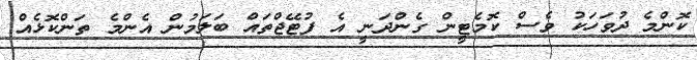
ކޮންމެ ދުވަހަކު ވެސް ކޮމެޓީން ގެންދަނީ އެ ފުޓޭޖްތައް ބަލަމުން އެންމެ ތަންކޮޅެއް